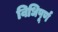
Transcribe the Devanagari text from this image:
विधिपूर्ण